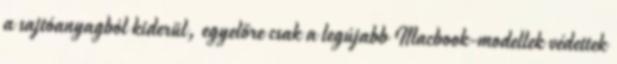
a sajtóanyagból kiderül, egyelőre csak a legújabb Macbook-modellek védettek